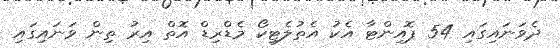
ދެވަނައިގައި 54 ޕޮއިންޓާ އެކު އެތުލެޓިކޯ މެޑްރިޑް އޮތް އިރު ތިން ވަނައިގައި